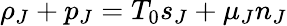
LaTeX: \rho_{J}+p_{J}=T_{0}s_{J}+\mu_{J}n_{J}